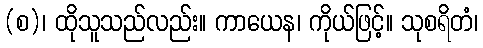
(စ)၊ ထိုသူသည်လည်း။ ကာယေန၊ ကိုယ်ဖြင့်။ သုစရိတံ၊